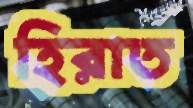
হিরাত